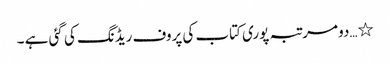
٭…دو مرتبہ پوری کتاب کی پروف ریڈنگ کی گئی ہے ۔